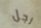
رجل